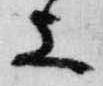
上